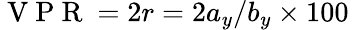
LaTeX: \mathrm{~V~P~R~}=2r=2a_{y}/b_{y}\times 100\